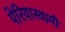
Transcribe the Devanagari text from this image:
पेरियास्वामी